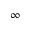
\infty